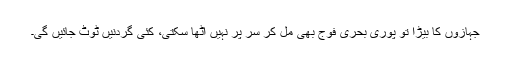
جہازوں کا بیڑا تو پوری بحری فوج بھی مل کر سر پر نہیں اٹھا سکتی، کئی گردنیں ٹوٹ جائیں گی۔